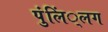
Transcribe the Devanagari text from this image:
पुंलिं्लग